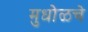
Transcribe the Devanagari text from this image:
मुधोळचे